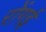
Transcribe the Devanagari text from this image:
रोंगई